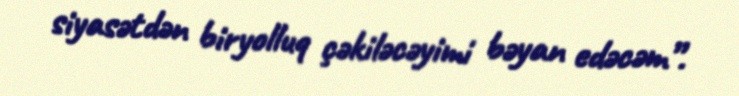
siyasətdən biryolluq çəkiləcəyimi bəyan edəcəm”.